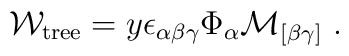
{\cal W}_{\rm{\small tree}}=y\epsilon_{\alpha\beta\gamma}\Phi_\alpha {\cal M}_{[\beta\gamma]}~.